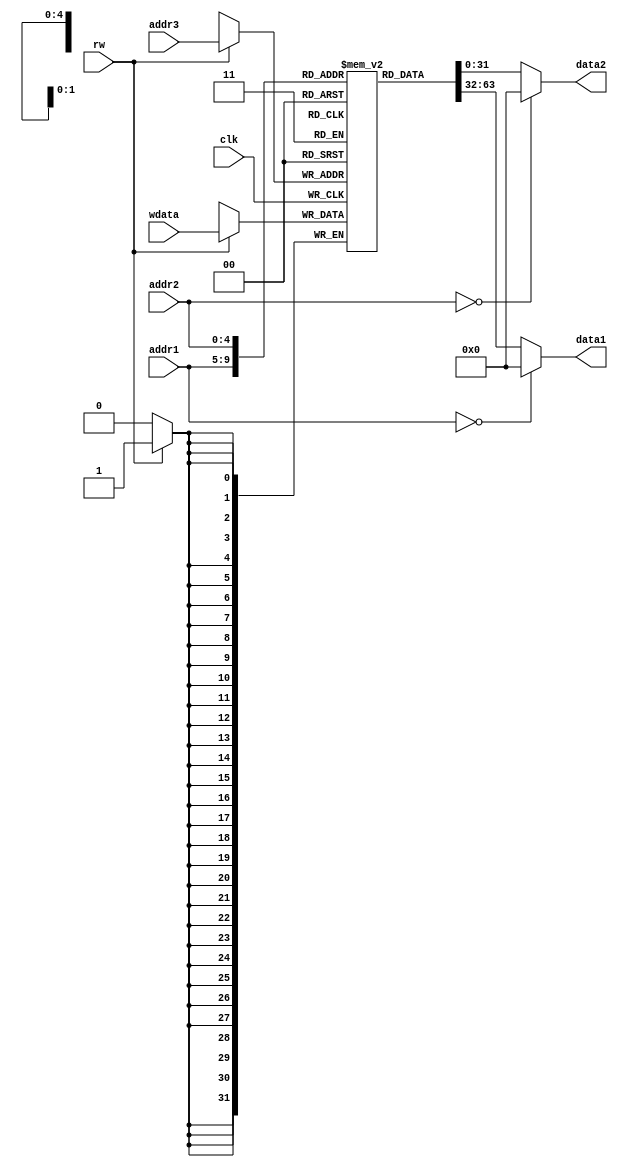
module regfile (
	input         clk  ,
	//
	input  [ 4:0] addr1,
	input  [ 4:0] addr2,
	output [31:0] data1,
	output [31:0] data2,
	//
	input         rw   ,
	input  [ 4:0] addr3,
	input  [31:0] wdata
);

	reg [31:0] regmem[31:0];
	reg [31:0] data1       ;
	reg [31:0] data2       ;

	always @(addr1 or regmem[addr1]) begin
		if (0 == addr1) begin
			data1 = 0;
		end else begin
			data1 = regmem[addr1];
		end
	end

	always @(addr2 or regmem[addr2]) begin
		if (0 == addr2) begin
			data2 = 0;
		end else begin
			data2 = regmem[addr2];
		end
	end

	always@ (posedge clk) begin
		if(1'b1 == rw) begin
			regmem[addr3] = wdata;
		end
	end

endmodule